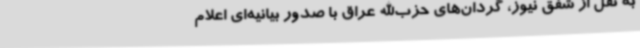
به نقل از شفق نیوز، گردان‌های حزب‌الله عراق با صدور بیانیه‌ای اعلام